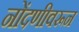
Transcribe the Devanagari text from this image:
नोंदणीवरून